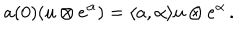
a ( 0 ) ( u \otimes e ^ { \alpha } ) = \langle a , \alpha \rangle u \otimes e ^ { \alpha } \, .